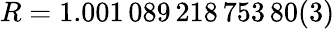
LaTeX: R=1.001\, 089\, 218\, 753\, 80(3)